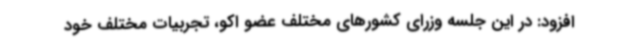
افزود: در این جلسه وزرای کشورهای مختلف عضو اکو، تجربیات مختلف خود